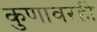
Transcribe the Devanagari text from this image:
कुणावरही